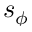
s _ { \phi }